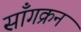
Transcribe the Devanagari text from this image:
साँगक्रन